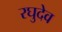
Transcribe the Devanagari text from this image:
रघुदेव